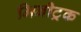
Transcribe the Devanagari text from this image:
मिनीट्रक